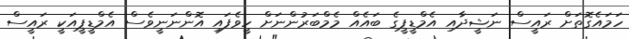
ހަމައެގޮތަށް ރައީސް ނަޝީދާއި އެމްޑީޕީގެ ބައެއް މެމްބަރުންނަށް ހީވެފައި އޮންނަނީވެސް އެމްޑީޕީއަކީ ރައީސް